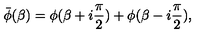
\bar { \phi } ( \beta ) = \phi ( \beta + i { \frac { \pi } { 2 } } ) + \phi ( \beta - i { \frac { \pi } { 2 } } ) ,